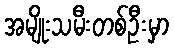
အမျိုးသမီးတစ်ဦးမှာ